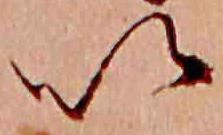
以